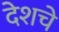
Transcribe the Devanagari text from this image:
देशचे